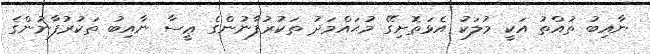
ނާއިބު ތުއްތު އަކީ މުލަކު އެޅަތޮށިގޭ މުޙައްމަދު ތަކުރުފާނުންގެ ޢީސާ ނާއިބު ތަކުރުފާނުންގެ